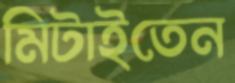
মিটাইতেন